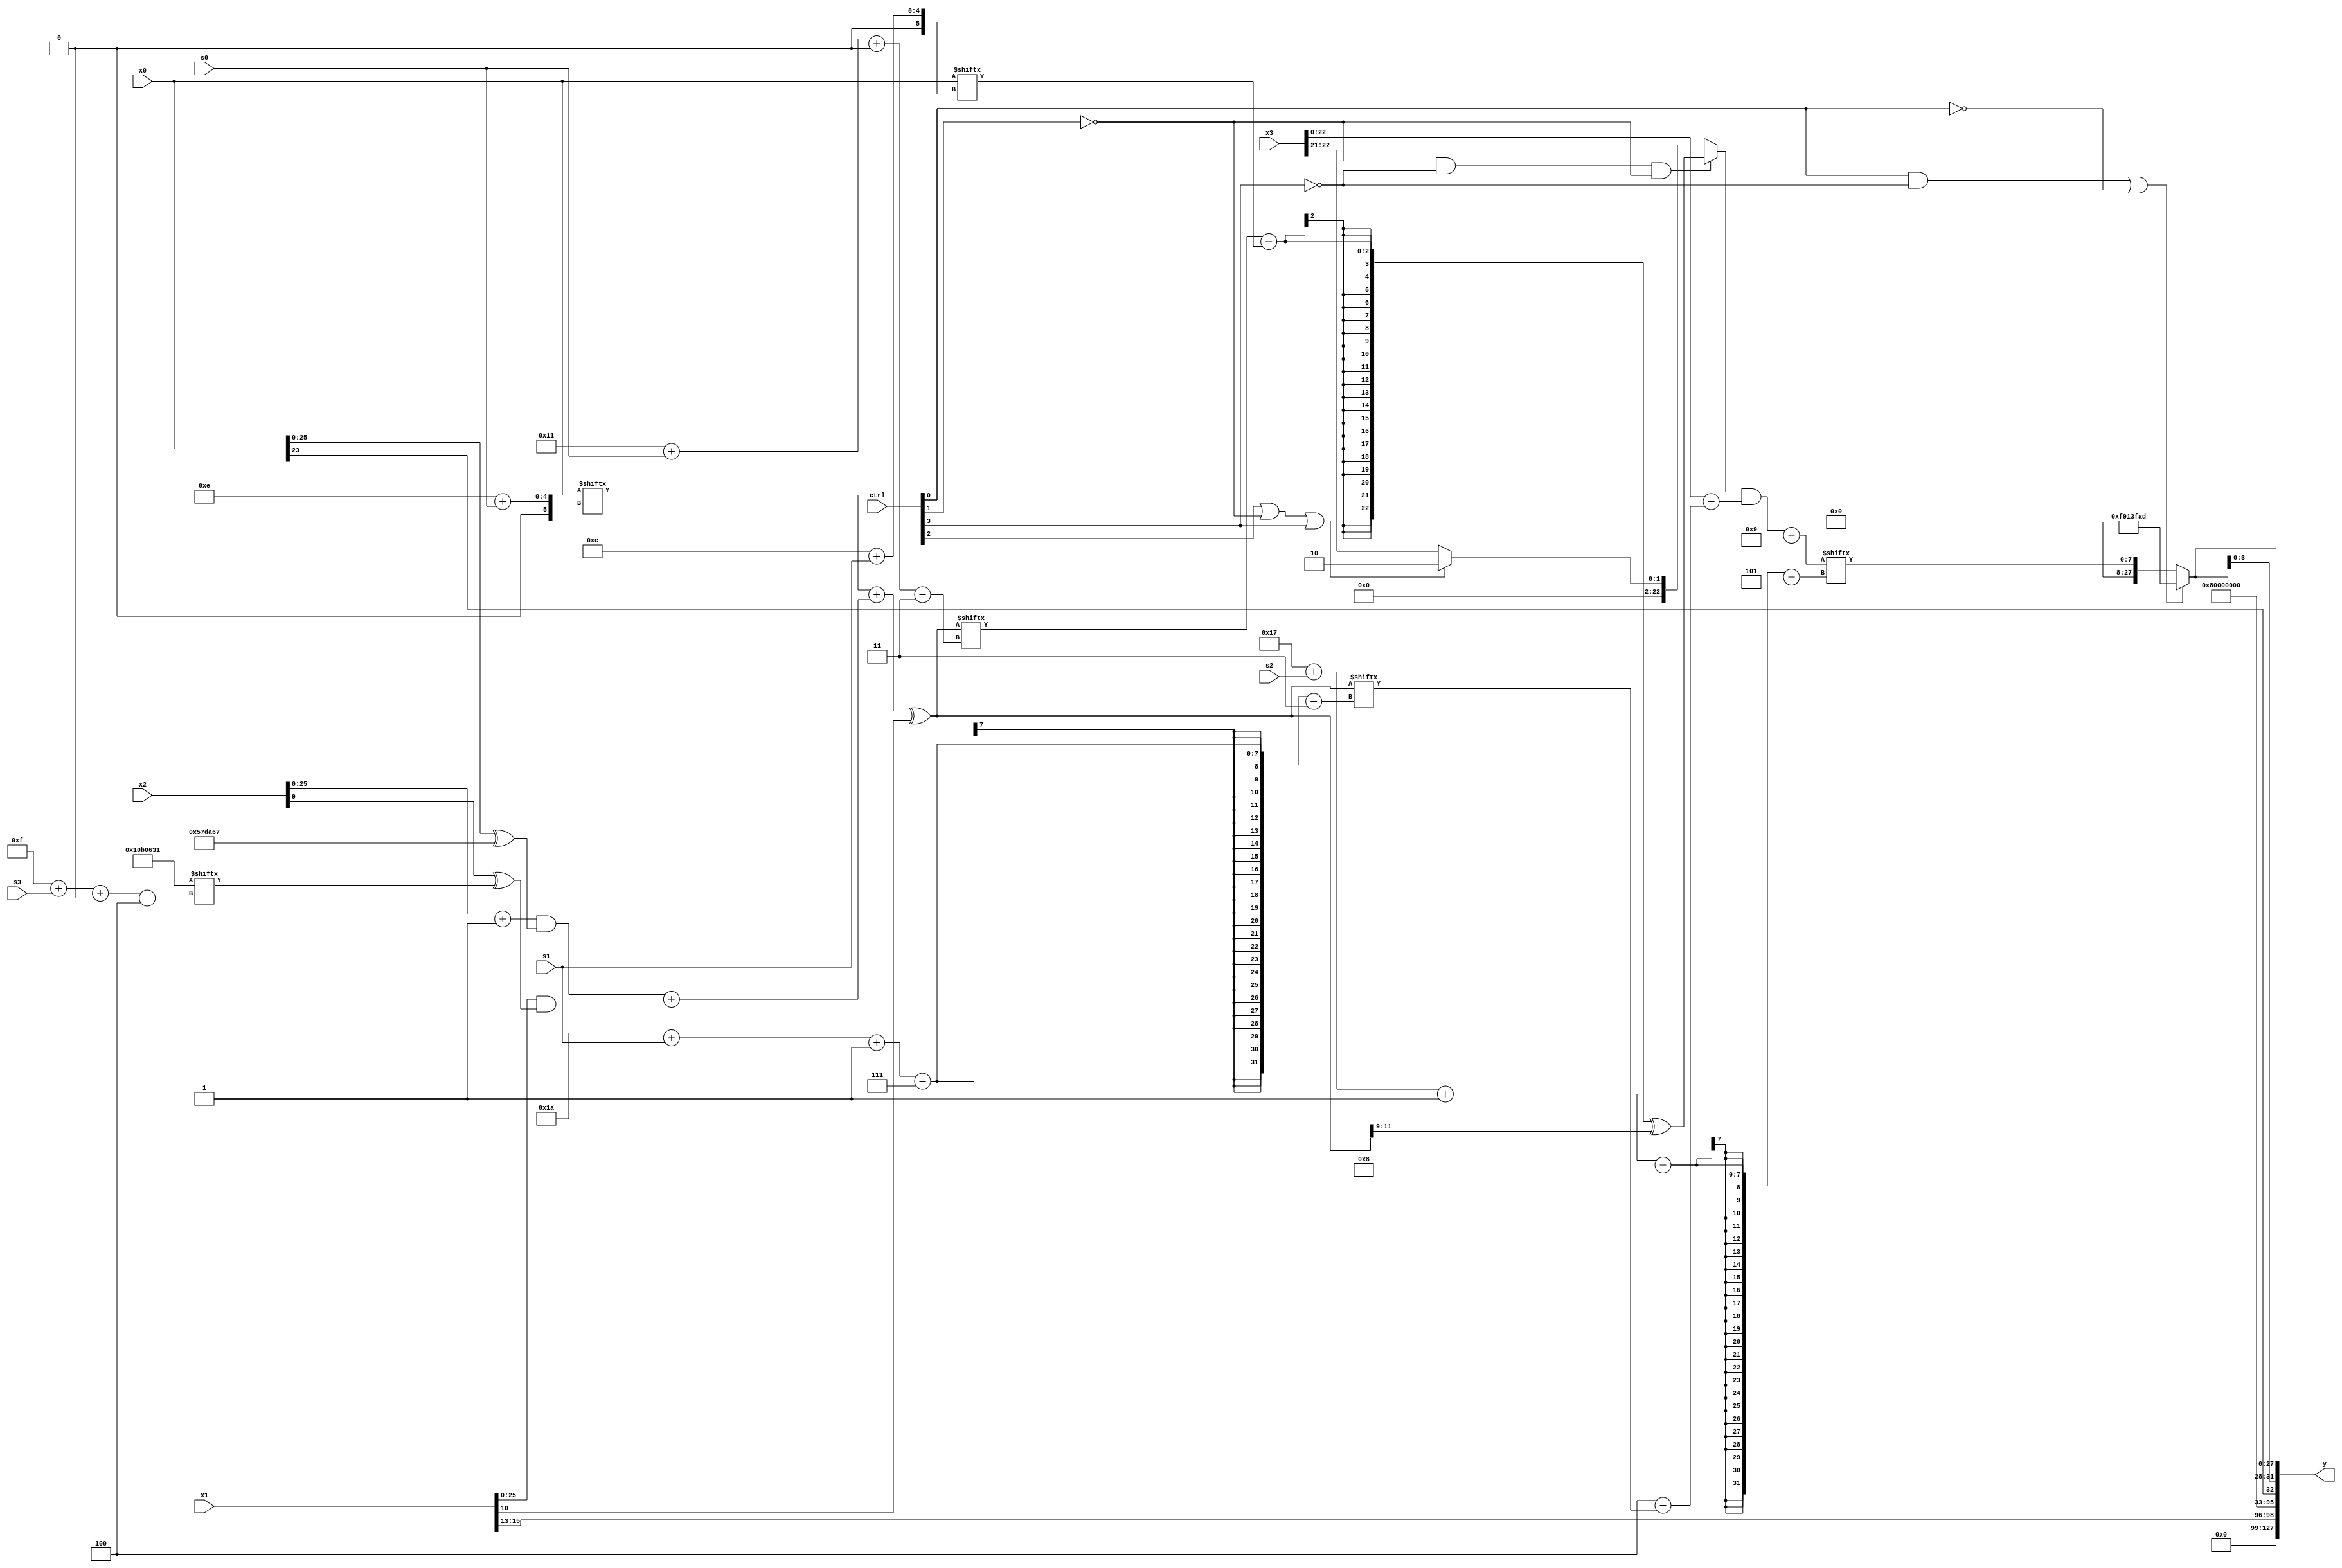
module partsel_00595(ctrl, s0, s1, s2, s3, x0, x1, x2, x3, y);
  input [3:0] ctrl;
  input [2:0] s0;
  input [2:0] s1;
  input [2:0] s2;
  input [2:0] s3;
  input [31:0] x0;
  input [31:0] x1;
  input signed [31:0] x2;
  input signed [31:0] x3;
  wire [28:3] x4;
  wire signed [25:0] x5;
  wire signed [2:31] x6;
  wire signed [26:1] x7;
  wire [4:28] x8;
  wire [30:5] x9;
  wire signed [7:26] x10;
  wire [24:5] x11;
  wire [27:5] x12;
  wire [31:3] x13;
  wire signed [5:31] x14;
  wire [27:0] x15;
  output [127:0] y;
  wire [31:0] y0;
  wire [31:0] y1;
  wire [31:0] y2;
  wire [31:0] y3;
  assign y = {y0,y1,y2,y3};
  localparam signed [2:29] p0 = 529612717;
  localparam [7:24] p1 = 148768971;
  localparam signed [30:4] p2 = 957023793;
  localparam [7:30] p3 = 391633506;
  assign x4 = ((x0[14 + s0] + (((x2 + p0[17 +: 1]) & (x0 ^ ((p3 ^ p0[14]) ^ p3[10 +: 3]))) + (x1 & (x2[9 +: 1] ^ p2[15 + s3 +: 6])))) ^ x1[10 +: 1]);
  assign x5 = x4[17 + s0 +: 2];
  assign x6 = (ctrl[2] || ctrl[3] && ctrl[1] ? ({((p3[15 + s0] | x5[12]) & (x2[21 -: 2] - x5[14 +: 1])), (ctrl[0] || !ctrl[2] || !ctrl[2] ? p2[25 + s3 -: 6] : x5[18 -: 1])} | ({(p2 - x4[25 + s0 -: 3]), x4[30 + s0 -: 3]} + (!ctrl[2] || !ctrl[1] && ctrl[3] ? p3[17 -: 2] : p1))) : x4);
  assign x7 = ((x4[15] + x0[12 +: 4]) - {{2{({((((x3[14 +: 1] & (p1[11 + s0 -: 8] ^ p0[18 + s0 +: 4])) | x0[14 + s1]) & (p3[7 + s1 +: 2] - x1[12 -: 3])) - (x5[9 +: 2] + x1)), x3[10 + s3 +: 6]} & p1)}}, x5[18 +: 1]});
  assign x8 = {{(x2 | (!ctrl[1] && !ctrl[0] && !ctrl[3] ? p2[14 +: 3] : {x3[17], x2[22]})), p3[8 + s0]}, ((ctrl[1] && ctrl[0] || ctrl[0] ? {2{(x2[4 + s0 +: 1] - x0[2 + s2 +: 5])}} : p3) - x7)};
  assign x9 = (x7[22] | {2{p2[12 + s2 +: 4]}});
  assign x10 = p3[9 +: 3];
  assign x11 = (p0 | p0[13 -: 2]);
  assign x12 = (({x2[29 + s1 -: 7], (!ctrl[1] && !ctrl[3] && !ctrl[1] ? ((x5 - x0[12 + s1]) ^ x4[14 -: 3]) : (ctrl[2] || !ctrl[1] || ctrl[3] ? x10 : x3[22 -: 2]))} & (x3 - ((p1[18 +: 3] + p0[8 +: 1]) + x4[26 + s1 -: 7]))) - p0[16 -: 4]);
  assign x13 = (ctrl[1] && !ctrl[2] || !ctrl[3] ? (!ctrl[2] && ctrl[1] || ctrl[1] ? (!ctrl[3] || ctrl[0] && ctrl[0] ? p3 : p0[8 + s3 -: 4]) : {2{p3[24 + s3 +: 1]}}) : ((p0[22 -: 1] - ((p1[14 + s2] - p3[19 -: 1]) | p2[11 +: 4])) + (p1 - (x9[28 + s3 +: 4] - x5))));
  assign x14 = (p2[8 + s1] - ((ctrl[3] && ctrl[2] && !ctrl[3] ? ({2{x1[19 +: 1]}} & (x12[8 + s3] ^ x4)) : x10) & (p1[1 + s1 -: 7] | {p3[11], ((x13[12 -: 2] & x5[23 + s0 -: 2]) - x11)})));
  assign x15 = x6;
  assign y0 = x1[13 +: 3];
  assign y1 = p3[17 +: 2];
  assign y2 = x0[23];
  assign y3 = {2{(ctrl[0] && !ctrl[3] || !ctrl[0] ? p0 : x12[23 + s2 -: 8])}};
endmodule